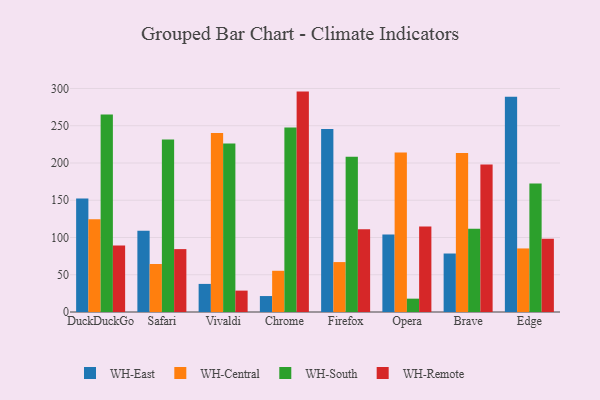
{"axis": {"x": "Browser", "y": "Revenue (USD Million)"}, "legend": ["WH-Central", "WH-East", "WH-Remote", "WH-South"], "data": [{"x": "DuckDuckGo", "y": 152.2, "type": "WH-East"}, {"x": "DuckDuckGo", "y": 124.6, "type": "WH-Central"}, {"x": "DuckDuckGo", "y": 265.2, "type": "WH-South"}, {"x": "DuckDuckGo", "y": 89.1, "type": "WH-Remote"}, {"x": "Safari", "y": 109.1, "type": "WH-East"}, {"x": "Safari", "y": 64.4, "type": "WH-Central"}, {"x": "Safari", "y": 231.6, "type": "WH-South"}, {"x": "Safari", "y": 84.4, "type": "WH-Remote"}, {"x": "Vivaldi", "y": 37.7, "type": "WH-East"}, {"x": "Vivaldi", "y": 240.1, "type": "WH-Central"}, {"x": "Vivaldi", "y": 226.0, "type": "WH-South"}, {"x": "Vivaldi", "y": 28.7, "type": "WH-Remote"}, {"x": "Chrome", "y": 21.4, "type": "WH-East"}, {"x": "Chrome", "y": 55.3, "type": "WH-Central"}, {"x": "Chrome", "y": 247.7, "type": "WH-South"}, {"x": "Chrome", "y": 295.8, "type": "WH-Remote"}, {"x": "Firefox", "y": 245.5, "type": "WH-East"}, {"x": "Firefox", "y": 67.0, "type": "WH-Central"}, {"x": "Firefox", "y": 208.5, "type": "WH-South"}, {"x": "Firefox", "y": 111.1, "type": "WH-Remote"}, {"x": "Opera", "y": 103.9, "type": "WH-East"}, {"x": "Opera", "y": 214.0, "type": "WH-Central"}, {"x": "Opera", "y": 17.9, "type": "WH-South"}, {"x": "Opera", "y": 114.7, "type": "WH-Remote"}, {"x": "Brave", "y": 78.5, "type": "WH-East"}, {"x": "Brave", "y": 213.4, "type": "WH-Central"}, {"x": "Brave", "y": 111.8, "type": "WH-South"}, {"x": "Brave", "y": 198.1, "type": "WH-Remote"}, {"x": "Edge", "y": 288.8, "type": "WH-East"}, {"x": "Edge", "y": 85.3, "type": "WH-Central"}, {"x": "Edge", "y": 172.6, "type": "WH-South"}, {"x": "Edge", "y": 98.2, "type": "WH-Remote"}]}